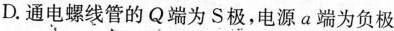
D.通电螺线管的Q端为S极，电源a端为负极